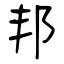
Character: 邦